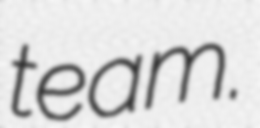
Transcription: team.